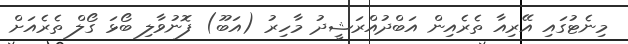
މިނެޓުގައި އޭރިއާ ތެރެއިން އަބްދުއްރަޝީދު މާހިރު (އަބޫ) ފޮނުވާލި ބޯޅަ ގޯލް ތެރެއަށް